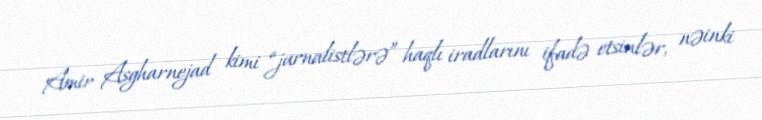
Amir Asgharnejad kimi “jurnalistlərə” haqlı iradlarını ifadə etsinlər, nəinki